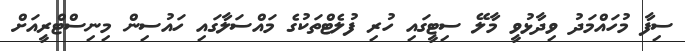
ސިފާ މުހައްމަދު ވިދާޅުވީ މާލޭ ސިޓީގައި ހުރި ފުލެޓްތަކުގެ މައްސަލާގައި ހައުސިން މިނިސްޓްރީއަށް